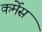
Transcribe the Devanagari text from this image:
कर्मेस